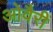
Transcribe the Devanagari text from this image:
ओवैरी